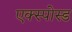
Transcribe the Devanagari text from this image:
एक्स्पोस्ड